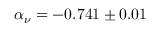
\alpha _ { \nu } = - 0 . 7 4 1 \pm 0 . 0 1